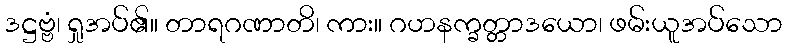
ဒဋ္ဌဗ္ဗံ၊ ရှုအပ်၏။ တာရဂဏာတိ၊ ကား။ ဂဟနက္ခတ္တာဒယော၊ ဖမ်းယူအပ်သော